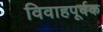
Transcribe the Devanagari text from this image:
विवाहपूर्वक